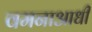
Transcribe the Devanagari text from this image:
वमनाआधी